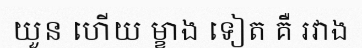
យួន ហើយ ម្ខាង ទៀត គឺ រវាង